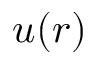
u ( r )